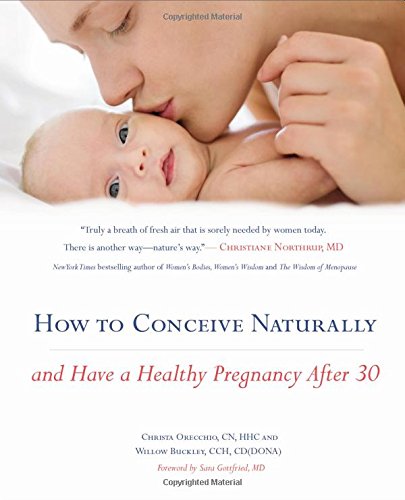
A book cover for How to Conceive Naturally: And Have a Healthy Pregnancy after 30; Christa Orecchio; Parenting & Relationships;